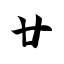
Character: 廿